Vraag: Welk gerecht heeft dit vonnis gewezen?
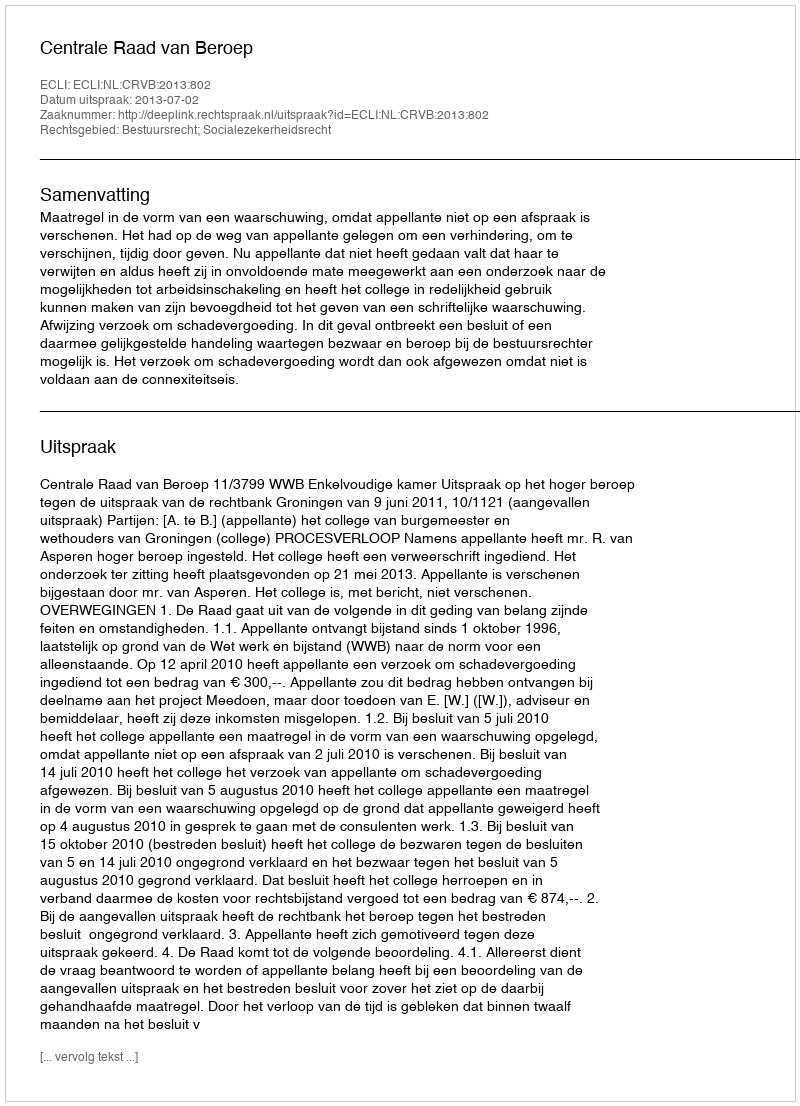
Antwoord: Centrale Raad van Beroep